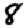
Digit: 8